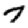
Digit: 7